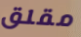
مقلق